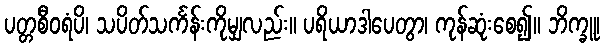
ပတ္တစီဝရံပိ၊ သပိတ်သင်္ကန်းကိုမျှလည်း။ ပရိယာဒါပေတွာ၊ ကုန်ဆုံးစေ၍။ ဘိက္ခူ၊